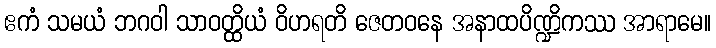
ဧကံ သမယံ ဘဂဝါ သာဝတ္ထိယံ ဝိဟရတိ ဇေတဝနေ အနာထပိဏ္ဍိကဿ အာရာမေ။